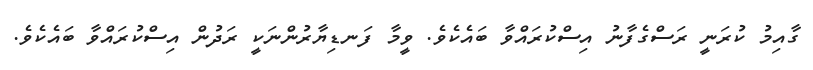
ގާއިމު ކުރަނީ ރަސްގެފާނު އިސްކުރައްވާ ބައެކެވެ. ވީމާ ފަނޑިޔާރުންނަކީ ރަދުން އިސްކުރައްވާ ބައެކެވެ.